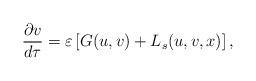
LaTeX: \begin{align*}\frac{\partial v}{d\tau}=\varepsilon\left[G(u,v)+L_{s}(u,v,x)\right],\end{align*}